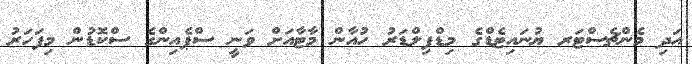
އަދި މެންޗެސްޓަރ ޔުނައިޓެޑްގެ މިޑްފިލްޑަރު ހުއާން މާޓާއަށް ވަނީ ސްޕެއިންގެ ސްކޮޑުން މިފަހަރު